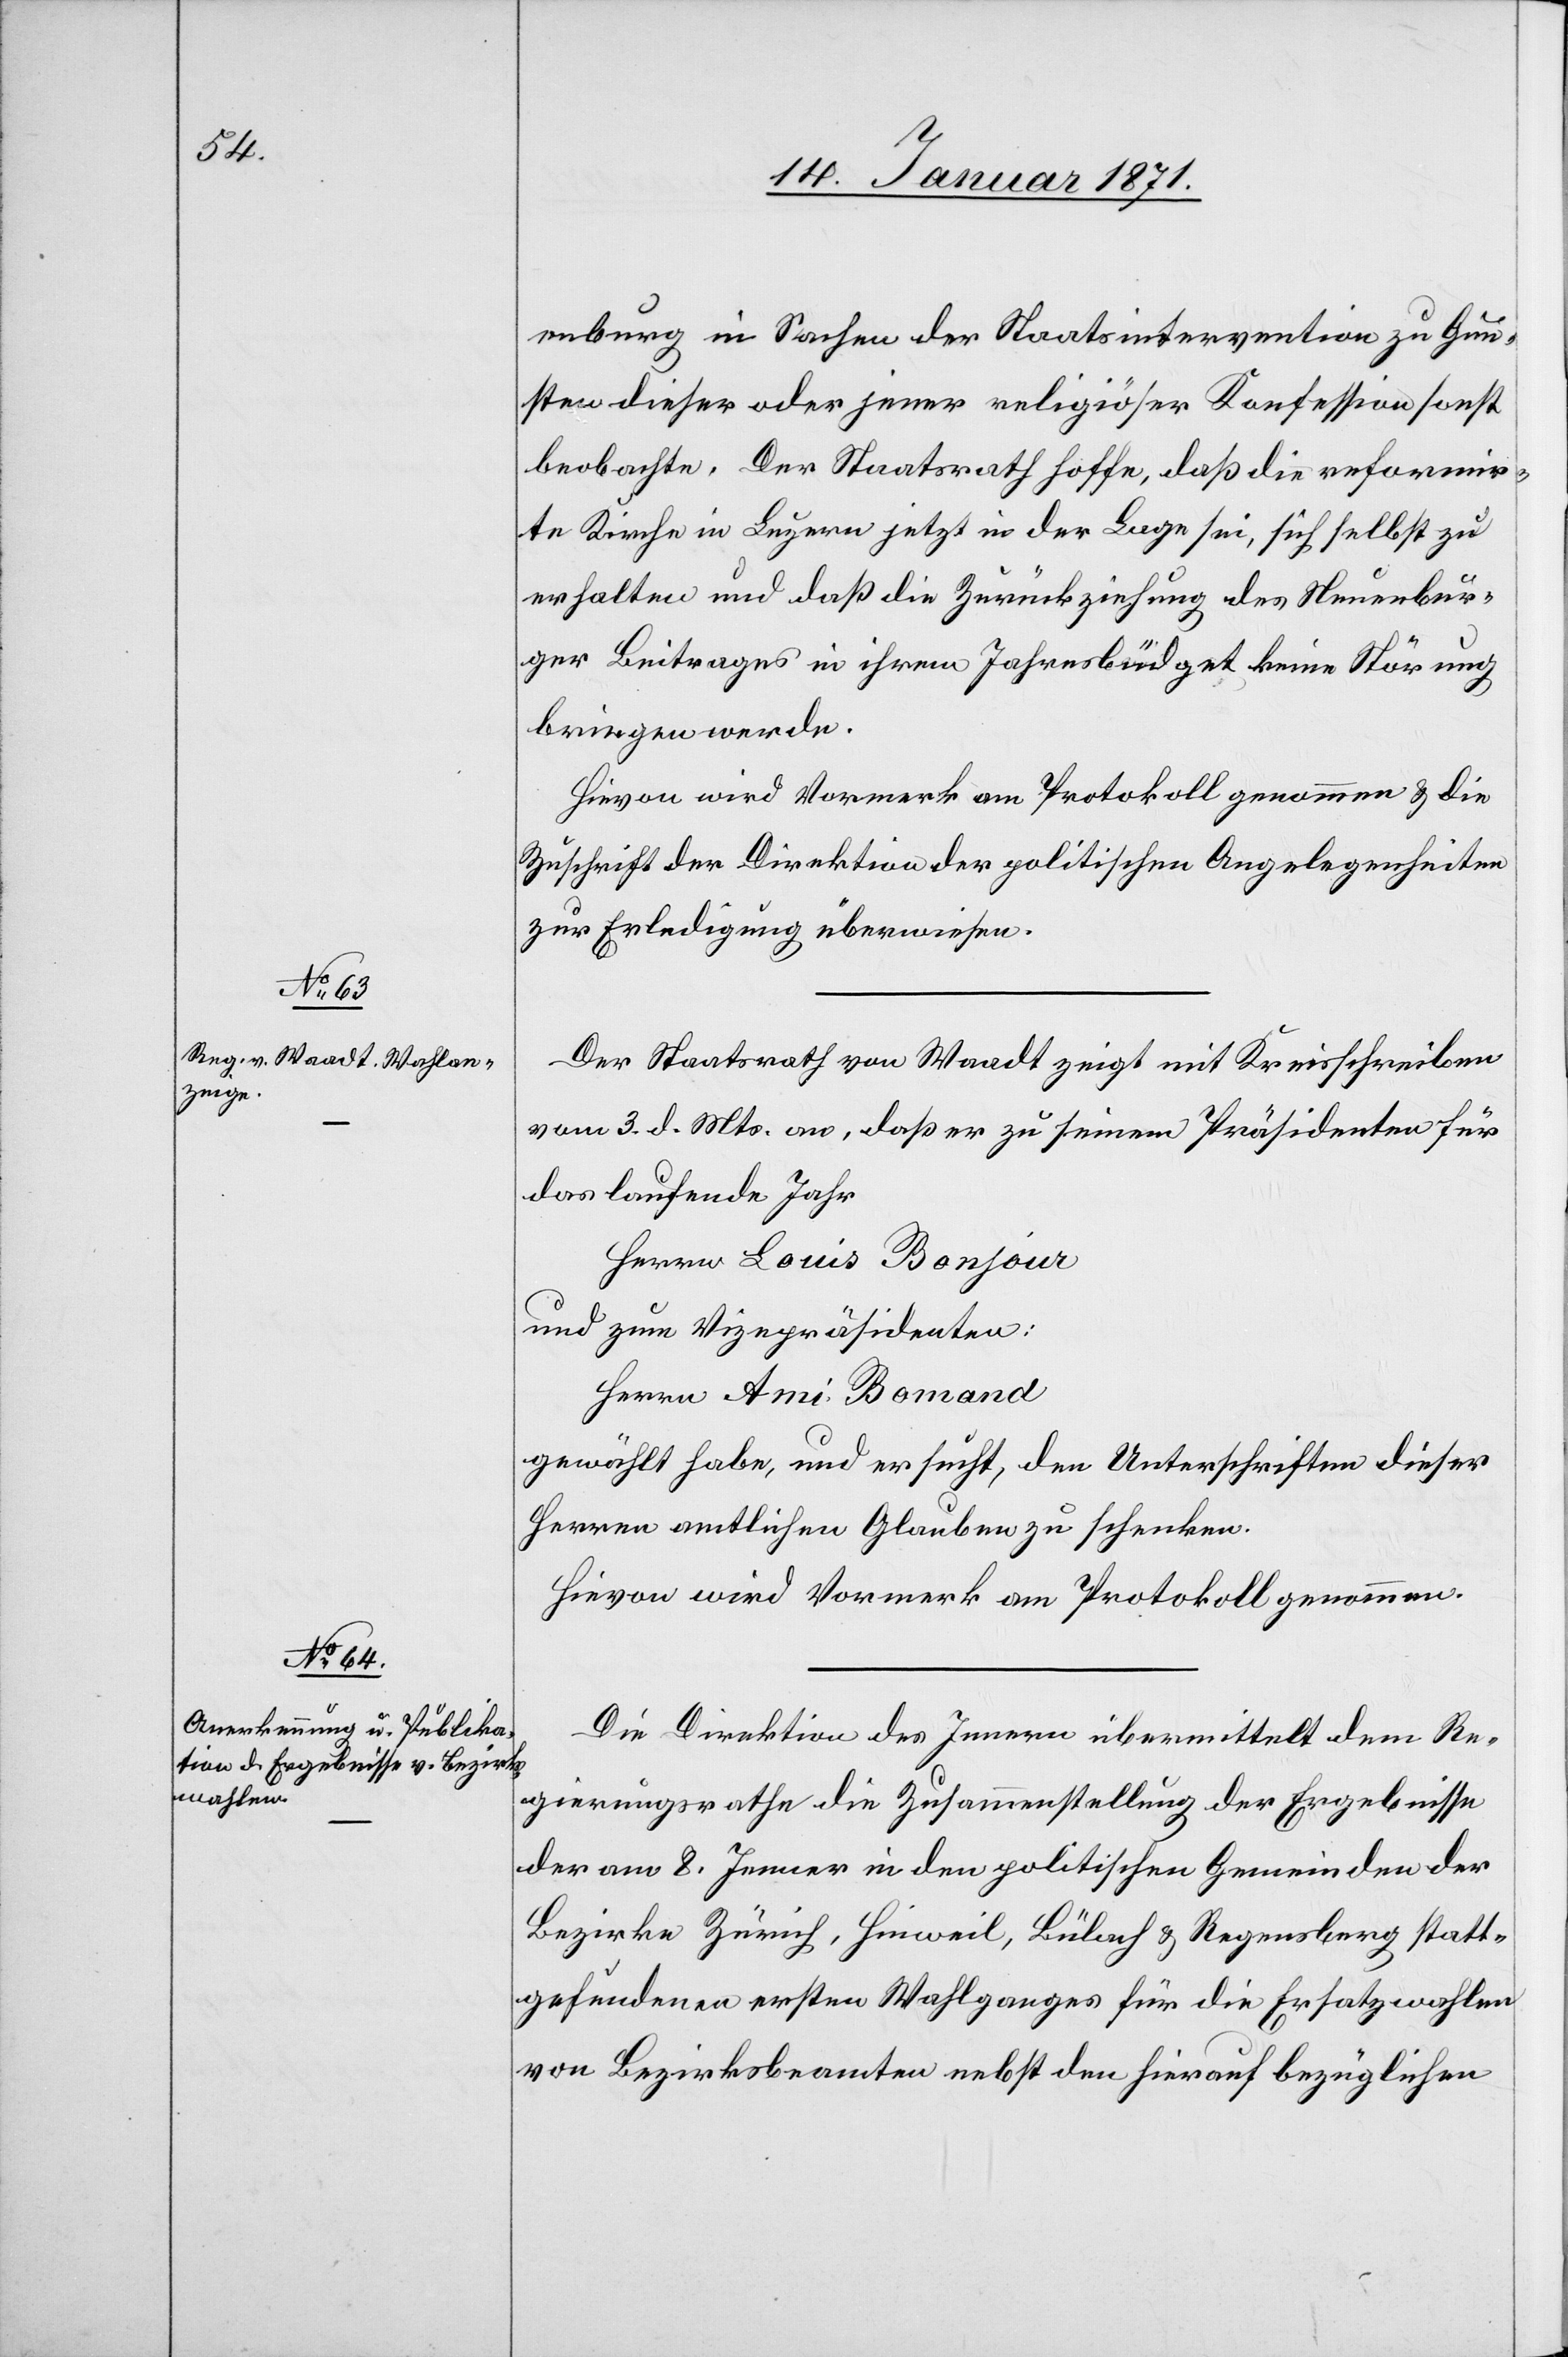
enburg in Sachen der Staatsintervention zu Gun¬
sten dieser oder jener religiöser Konfession sonst
beobachte. Der Staatsrath hoffe, daß die reformir¬
te Kirche in Luzern jetzt in der Lage sei, sich selbst zu
erhalten und daß die Zurückziehung des Neuenbur¬
ger Beitrags in ihrem Jahresbüdget keine Störung
bringen werde.
Hievon wird Vormerk am Protokoll genommen u. die
Zuschrift der Direktion der politischen Angelegenheiten
zur Erledigung überwiesen.
Der Staatsrath von Waadt zeigt mit Kreisschreiben
vom 3. d. Mts. an, daß er zu seinem Präsidenten für
das laufende Jahr
Herrn Louis Bonjour
und zum Vizepräsidenten:
Herrn Ami Bomand
gewählt habe, und er sucht, den Unterschriften dieser
Herren amtlichen Glauben zu schenken.
Hievon wird Vormerk am Protokoll genommen.
Die Direktion des Innern übermittelt dem Re¬
gierungsrath die Zusammenstellung der Ergebnisse
der am 8. Januar in den politischen Gemeinden der
Bezirke Zürich, Hinweil, Bülach u. Regensberg statt¬
gefundenen ersten Wahlganges für die Ersatzwahlen
von Bezirksbeamten nebst den hierauf bezüglichen